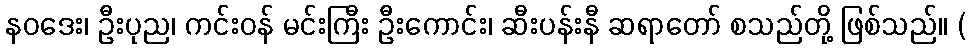
နဝဒေး၊ ဦးပုည၊ ကင်းဝန် မင်းကြီး ဦးကောင်း၊ ဆီးပန်းနီ ဆရာတော် စသည်တို့ ဖြစ်သည်။ (